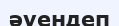
әуендеп